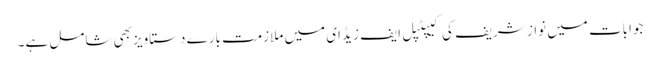
جوابات میں نواز شریف کی کیپٹپل ایف زیڈ ای میں ملازمت بارے دستاویز بھی شامل ہے۔